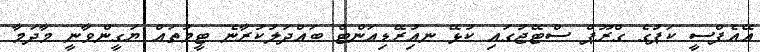
އޭއެފްސީ ކަޕުގެ ގްރޫޕް ސްޓޭޖުގައި ކުޅޭ ނއިުރޭޑިއަންޓް ބައްދަލުކުރާނެ ޓީމުތައް ޔަގީންވާނީ މާދަމާ